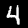
Digit: 4